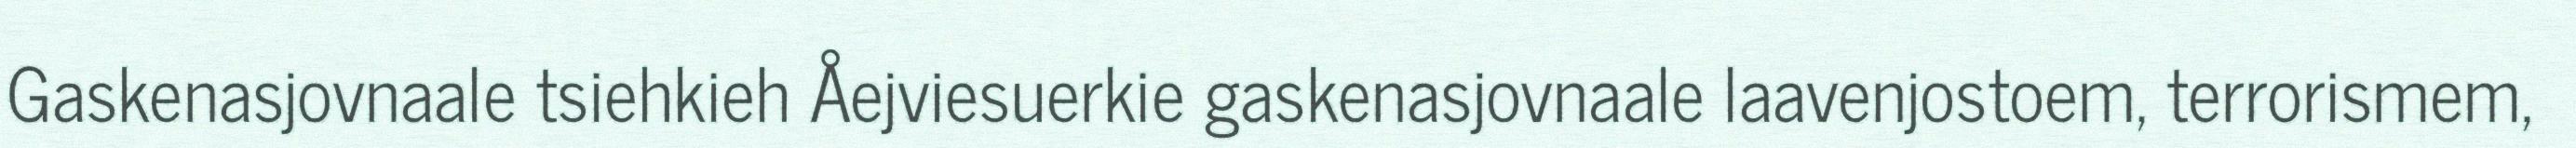
Gaskenasjovnaale tsiehkieh Åejviesuerkie gaskenasjovnaale laavenjostoem, terrorismem,